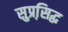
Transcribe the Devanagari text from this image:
सुप्रसि़द्घ